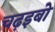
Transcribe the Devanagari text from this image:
चढ़इबो